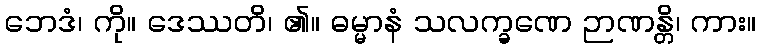
ဘေဒံ၊ ကို။ ဒေဿတိ၊ ၏။ ဓမ္မာနံ သလက္ခဏေ ဉာဏန္တိ၊ ကား။